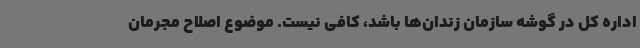
اداره کل در گوشه سازمان زندان‌ها باشد، کافی نیست. موضوع اصلاح مجرمان